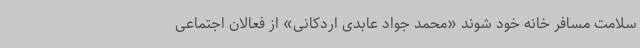
سلامت مسافر خانه خود شوند «محمد جواد عابدی اردکانی» از فعالان اجتماعی